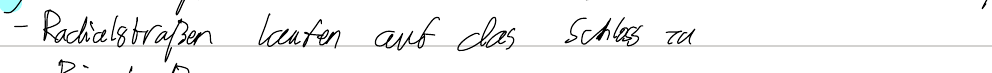
- Radialstraßen laufen aus das Schloss zu